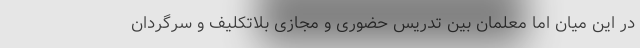
در این میان اما معلمان بین تدریس حضوری و مجازی بلاتکلیف و سرگردان